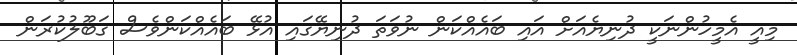
މިއީ އެމީހުންނަކީ ދުނިޔެއަށް އައި ބައެއްކަން ނުވަތަ ދުނިޔޭގައި އުޅޭ ބައެއްކަންވެސް ގަބޫލުކުރަން